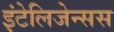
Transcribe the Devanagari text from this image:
इंटेलिजेन्सस